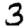
Digit: 3